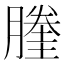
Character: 𰯙